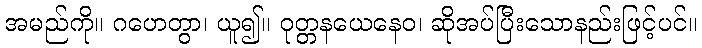
အမည်ကို။ ဂဟေတွာ၊ ယူ၍။ ဝုတ္တနယေနေဝ၊ ဆိုအပ်ပြီးသောနည်းဖြင့်ပင်။